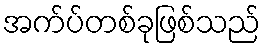
အက်ပ်တစ်ခုဖြစ်သည်